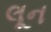
લૂન